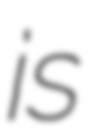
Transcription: is